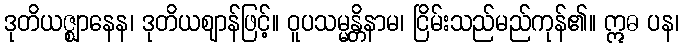
ဒုတိယဇ္ဈာနေန၊ ဒုတိယဈာန်ဖြင့်။ ဝူပသမ္မန္တိနာမ၊ ငြိမ်းသည်မည်ကုန်၏။ ဣဓ ပန၊